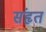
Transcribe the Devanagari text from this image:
संहृत